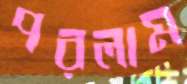
পরলাম